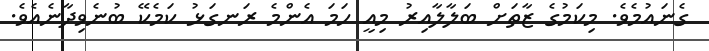
ގެނައުމެވެ. މިކަމުގެ ޒާތަށް ބަލާލާއިރު މިއީ ހަމަ އެންމެ ރަނގަޅު ކަމެކޭ ބުނެވިދާނެއެވެ.